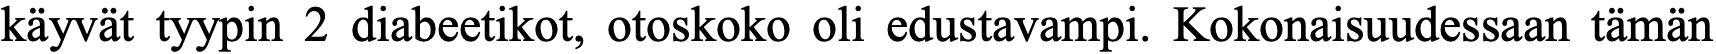
käyvät tyypin 2 diabeetikot, otoskoko oli edustavampi. Kokonaisuudessaan tämän